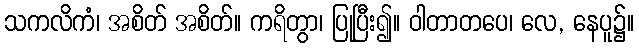
သကလိကံ၊ အစိတ် အစိတ်။ ကရိတွာ၊ ပြုပြီး၍။ ဝါတာတပေ၊ လေ, နေပူ၌။